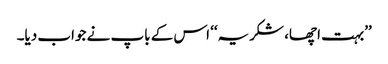
’’بہت اچھا، شکریہ‘‘ اس کے باپ نے جواب دیا۔